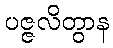
ပဇ္ဇလိတွာန